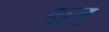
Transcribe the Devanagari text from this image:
शुतु